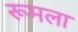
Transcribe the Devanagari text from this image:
रूमला